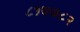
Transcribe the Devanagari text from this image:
८१७७८२